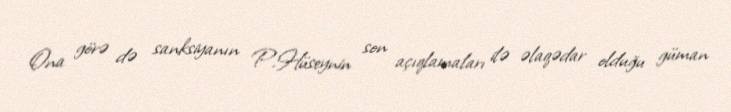
Ona görə də sanksiyanın P.Hüseynin son açıqlamaları ilə əlaqədar olduğu güman